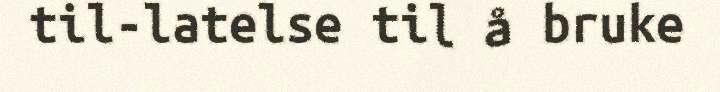
til-latelse til å bruke